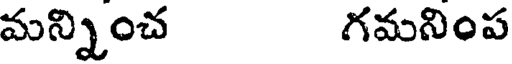
మన్నించ గమనింప